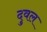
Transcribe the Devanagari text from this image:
दुवल